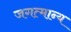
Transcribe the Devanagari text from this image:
जगत्मान्य